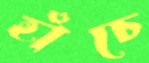
হাঁচে